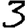
Digit: 3